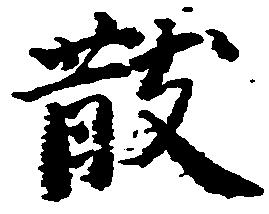
散